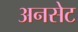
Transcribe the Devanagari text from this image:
अनसेट